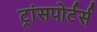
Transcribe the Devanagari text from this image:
ट्रांसपोर्टर्स